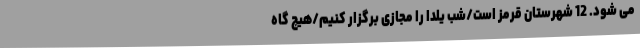
می شود. 12 شهرستان قرمز است/شب یلدا را مجازی برگزار کنیم/هیچ‌ گاه